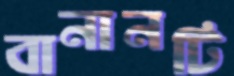
বানানটি